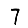
Digit: 7